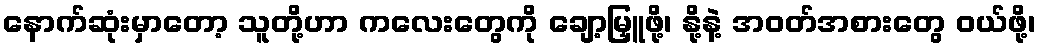
နောက်ဆုံးမှာတော့ သူတို့ဟာ ကလေးတွေကို ချော့မြှူဖို့၊ နို့နဲ့ အဝတ်အစားတွေ ဝယ်ဖို့၊